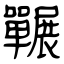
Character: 囅